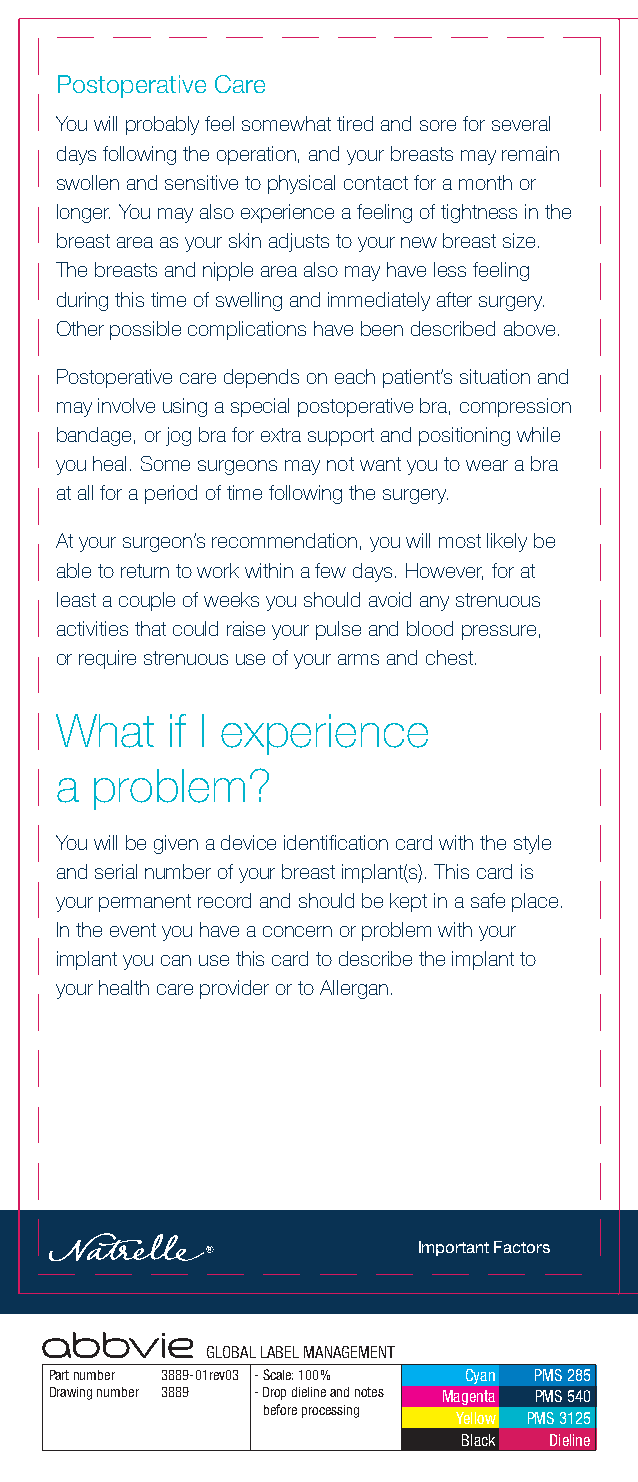
Postoperative Care
 You will probably feel somewhat tired and sore for several
 days following the operation, and your breasts may remain
 swollen and sensitive to physical contact for a month or
 longer. You may also experience a feeling of tightness in the
 breast area as your skin adjusts to your new breast size.
 The breasts and nipple area also may have less feeling
 during this time of swelling and immediately after surgery.
 Other possible complications have been described above.
 Postoperative care depends on each patient’s situation and
 may involve using a special postoperative bra, compression
 bandage, or jog bra for extra support and positioning while
 you heal. Some surgeons may not want you to wear a bra
 at all for a period of time following the surgery.
 At your surgeon’s recommendation, you will most likely be
 able to return to work within a few days. However, for at
 least a couple of weeks you should avoid any strenuous
 activities that could raise your pulse and blood pressure,
 or require strenuous use of your arms and chest.
 What   if I experience
 a problem?
 You will be given a device identification card with the style
 and serial number of your breast implant(s). This card is
 your permanent record and should be kept in a safe place.
 In the event you have a concern or problem with your
 implant you can use this card to describe the implant to
 your health care provider or to Allergan.
 Important Factors
 GLOBAL LABEL MANAGEMENT
 Part number 3889-01rev03 - Scale: 100% Cyan PMS 285
 Drawing number 3889 - Drop dieline and notes Magenta PMS 540
 before processing
 Yellow PMS 3125
 Black Dieline